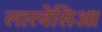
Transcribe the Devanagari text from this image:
लारवेसिआ